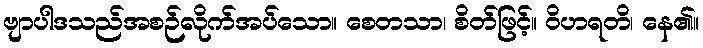
ဗျာပါဒသည်အစဉ်လိုက်အပ်သော။ စေတသာ၊ စိတ်ဖြင့်။ ဝိဟရတိ၊ နေ၏။